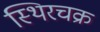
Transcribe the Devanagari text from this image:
स्थिरचक्र